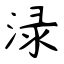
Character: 渌